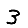
Digit: 3